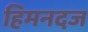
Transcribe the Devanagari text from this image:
हिमनदज